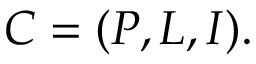
C = ( P , L , I ) .